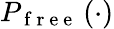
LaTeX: P_{\mathrm{~f~r~e~e~}}\left(\cdot\right)